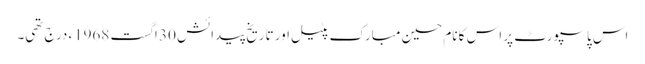
اس پاسپورٹ پر اس کا نام حسین مبارک پٹیل اور تاریخ پیدائش 30 اگست 1968ء درج تھی۔